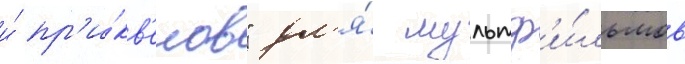
и́ пр'и́кв'елов" дл'я́ мультф'и́льмов